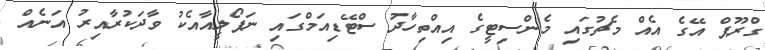
ގްރޫޕް އޭގެ އެއް މެޗުގައި މެންސިޓީގެ އިއްތިހާދު ސްޓޭޑިއަމްގައި ނަޕޯލީއާއެކު ވާދަކުރާއިރު އަނެއް